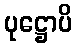
ပုဋ္ဌောပိ